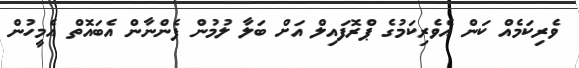
ވެރިކަމެއް ކަން އެވެރިކަމުގެ ޕްރޮފައިލް އަށް ބަލާ ލުމުން ފެންނާން އެބައޮތް އެމީހުން